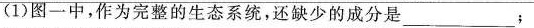
(1)图一中，作为完整的生态系统，还缺少的成分是___；